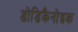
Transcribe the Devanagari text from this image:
डोडिकैनोइक